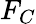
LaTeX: F_{C}